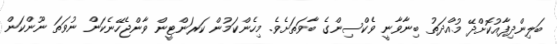
ބަލިންދިފާއުކޮށްދޭ މުއްދަތު ބިނާވާނީ ވެކްސިންގެ ބާވަތަށެވެ. މިހެންކަމުން ކަރަންޓީން ވާންޖެހޭނެކަން ނުވަތަ ނޫންކަން